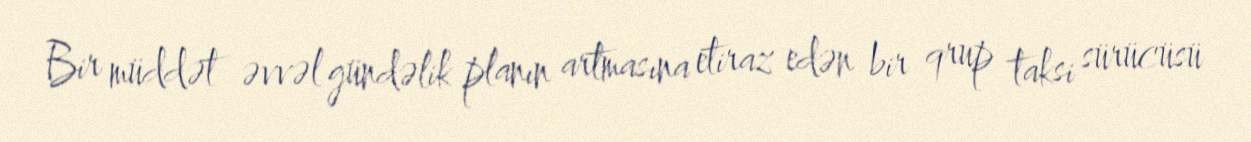
Bir müddət əvvəl gündəlik planın artmasına etiraz edən bir qrup taksi sürücüsü